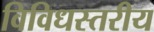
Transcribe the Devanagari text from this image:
विविधस्तरीय